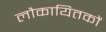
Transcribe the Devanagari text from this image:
लौकायितकों